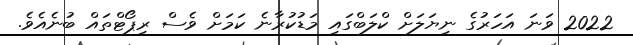
2022 ވަނަ އަހަރުގެ ނިޔަލަށް ކްލަބްގައި މަޑުކުރާނެ ކަމަށް ވެސް ރިޕޯޓްތައް ބުނެއެވެ.